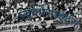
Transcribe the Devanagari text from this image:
ल्युकोसाइट्स